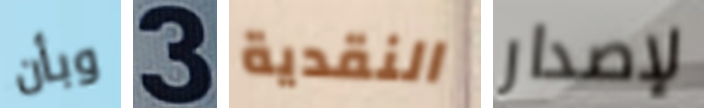
وبأن 3 النقدية لإصدار